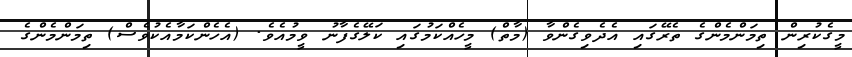
މީގެކުރިން ތިމަންމެންގެ ތެރޭގައި އެދެވިގެންވާ (މާތް) މީހެއްކަމުގައި ކަލޭގެފާނު ވީމުއެވެ. (އެހެންކަމާއެކުވެސް) ތިމަންމެންގެ